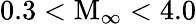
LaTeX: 0.3<\mathrm{M}_{\infty}<4.0